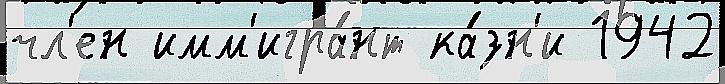
чл'ен имм'игра́нт ка́зн'и 1942